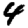
Digit: 4